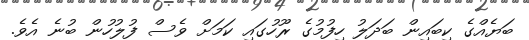
ބަޔެއްގެ ކިބައިން ބަދަލު ހިފުމުގެ ރޫހުގައި ކަމަށް ވެސް ފުލުހުން ބުނެ އެވެ.